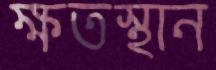
ক্ষতস্থান